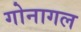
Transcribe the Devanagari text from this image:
गोनागल